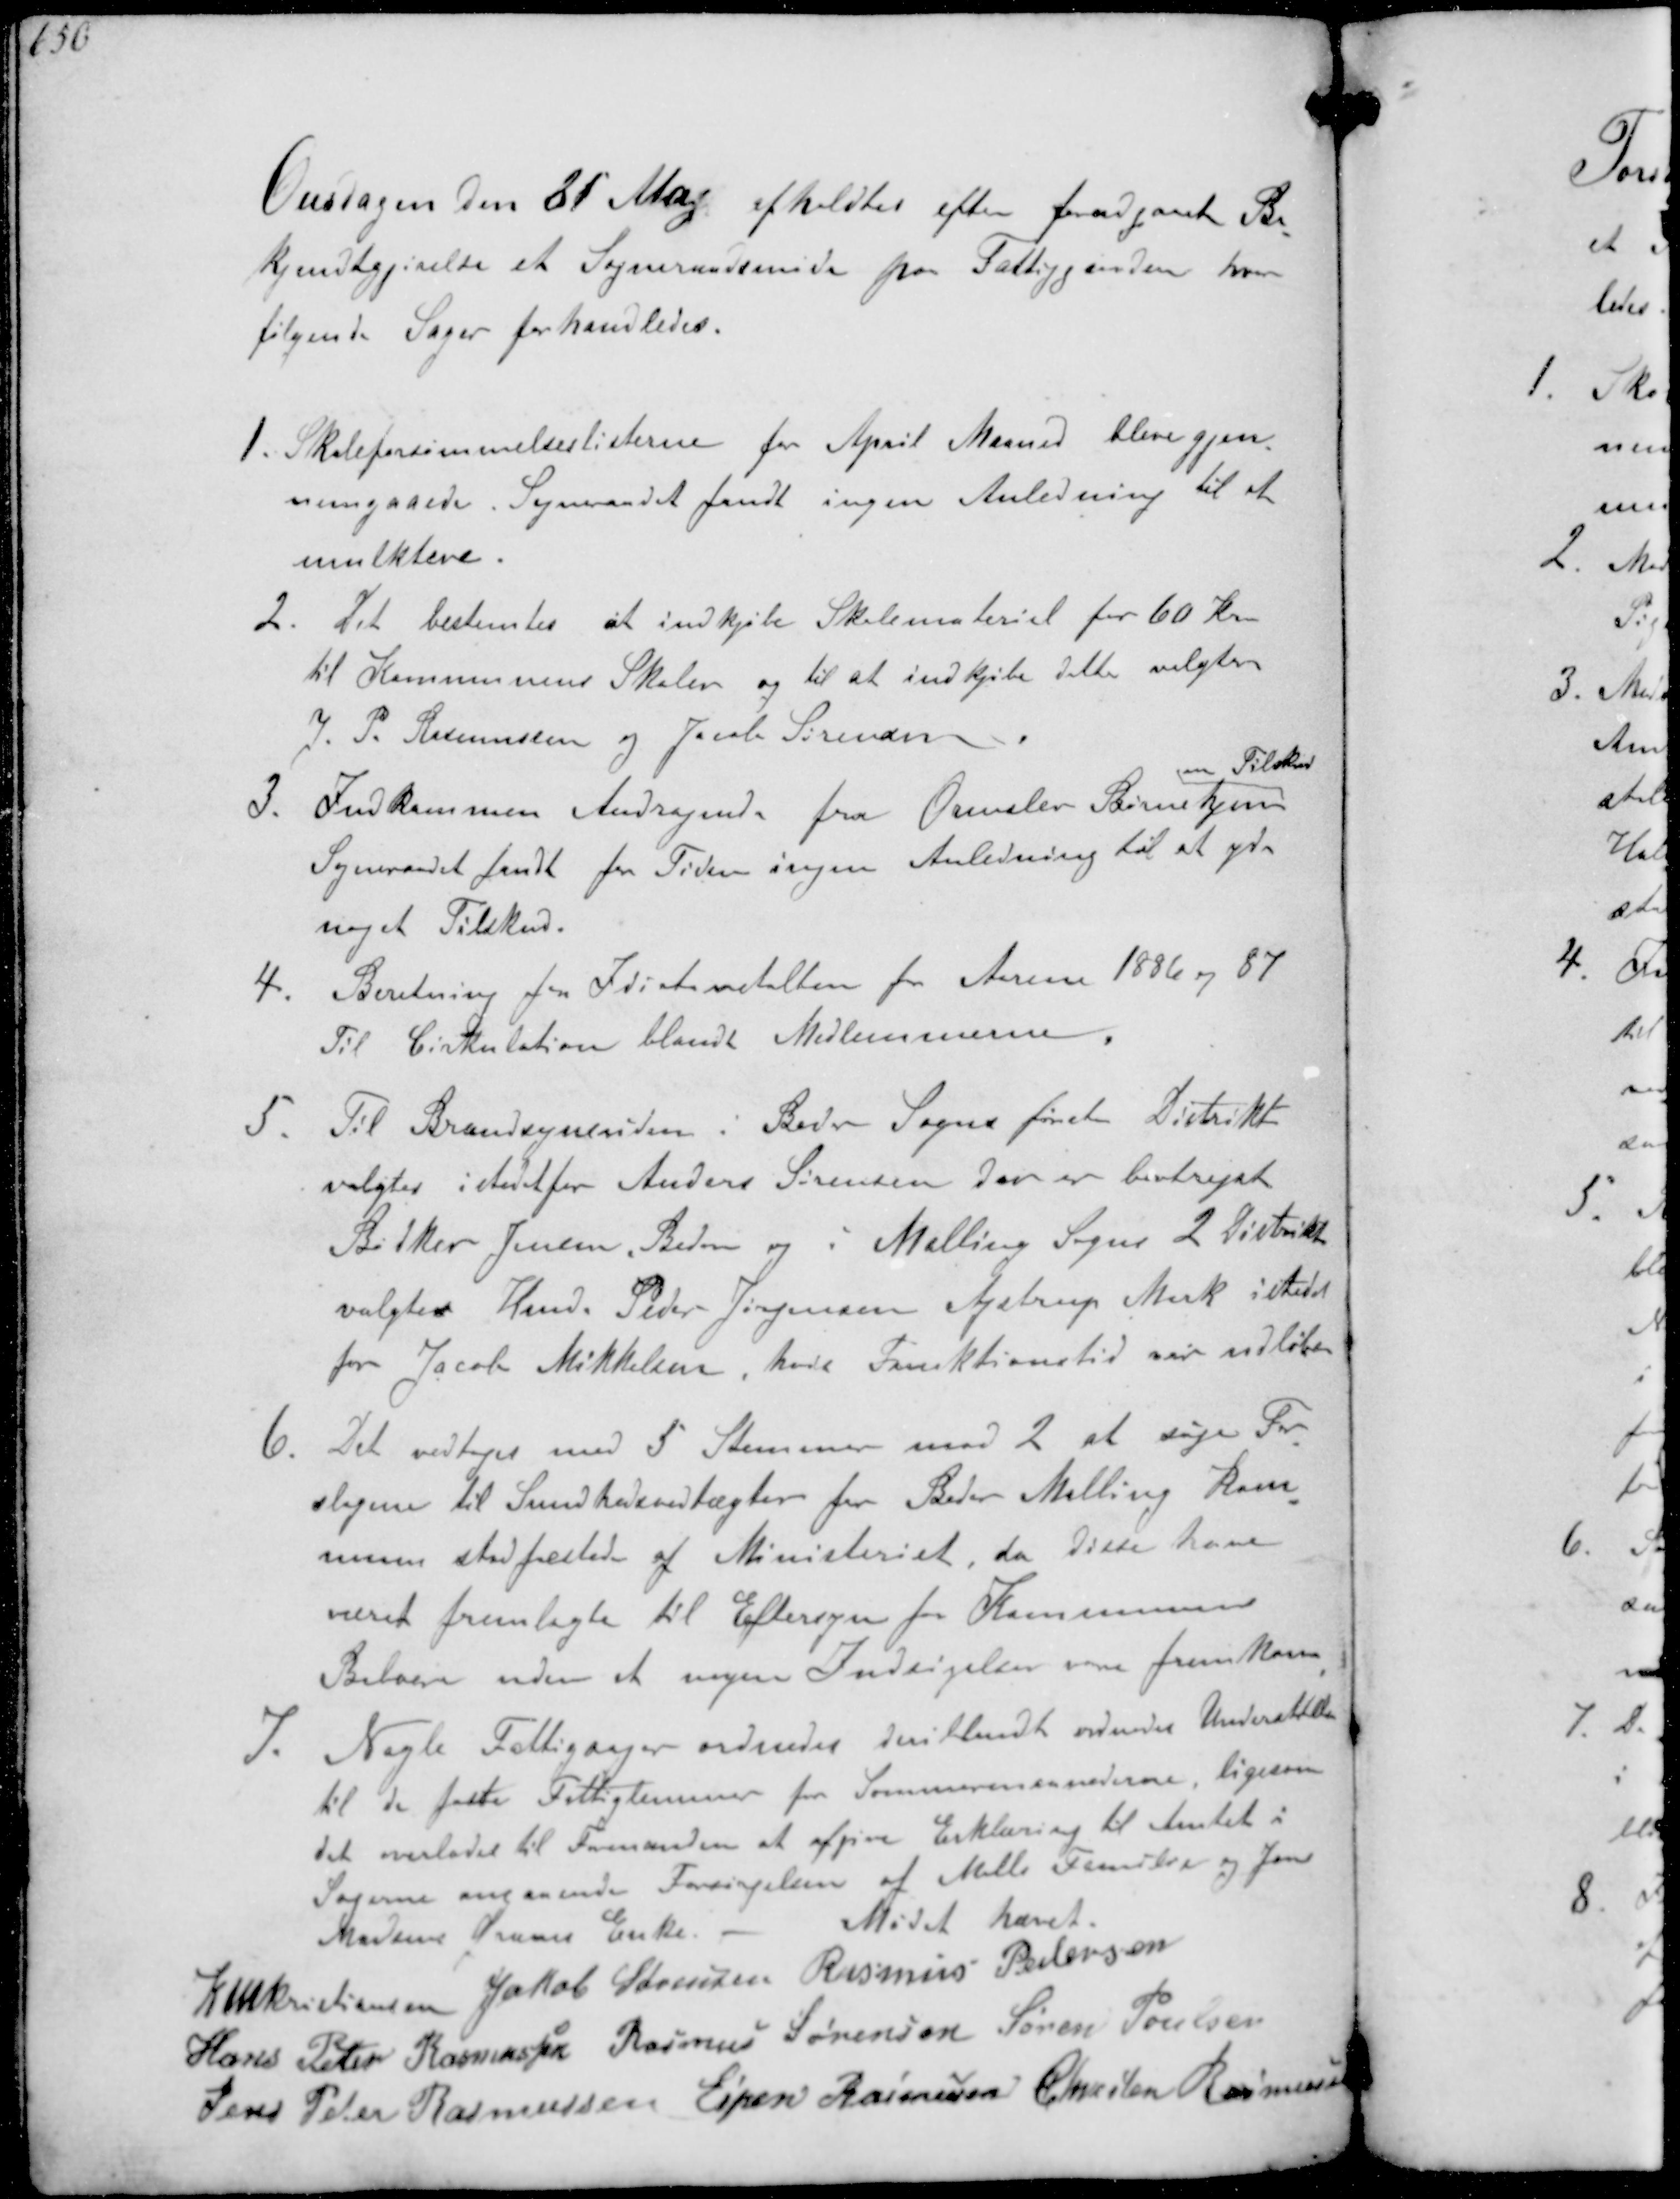
Transskription:
Onsdagen den 21 Maj afholdtes efter forudgaaet Be-
kjendtgørelse et Sogneraadsmøde paa Fattiggaarden hvor
følgende Sager forhandledes.
1. Skoleforsømmelseslisterne for April Maaned bleve gjen-
nemgaaede. Sogneraadet fandt ingen Anledning til at
mulktere
2. Det bestemtes at indkjøbe Skolemateriel for 60 Kr
til Kommunens Skoler og til at indkjøbe dette valgtes
J. P. Rasmussen og Jacob Sørensen
3. Indkommen Andragende fra Ormslev Børnehjem
om Tilskud
Sogneraadet fandt for Tiden ingen Anledning til at yde
noget Tilskud.
4. Beretning fra Idiotanstalten for Aarene 1886 og 87
Til Cirkulation blandt Medlemmerne.
5. Til Brandsynsvidne i Beder Sogns første Distrikt
valgtes istedetfor Anders Sørensen der er bortrejst
Bødker Jensen, Beder og i Malling Sogn 2 Distrikt
valgtes Hmd. Peder Jørgensen Ajstrup Mark istedet
for Jacob Mikkelsen, hvis Funktionstid var udløben
6. Det vedtoges med 5 Stemmer mod 2 at søge For-
slagene til Sundhedsvedtægter for Beder Malling Kom-
mune stadfæstede af Ministeriet, da disse have
været fremlagte til Eftersyn for Kommunens
Beboere uden at nogen Indsigelse var fremkom
7. Nogle Fattigsager ordnedes deriblandt ordnedes Understøttelse
til de faste Fattiglemmer for Sommermaanederne, ligesom
det overlades til Formanden at afgive Erklæring til Amtet i
Sagerne angaaende Forsørgelsen af Mette Frandsen og Jens
Martin Grams Enke
Mødet hævet
K N M Kristiansen Jakob Sørensen Rasmus Pedersen
Hans Peter Rasmussen Rasmus Sørensen Søren Poulsen
Jens Peter Rasmussen Espen Rasmussen Chresten Rasmussen